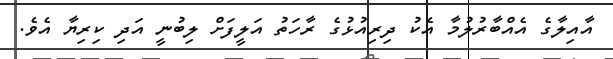
އާއިލާގެ އެއްބާރުލުމާ އެކު ދިރިއުޅުގެ ރާހަތު އަލީފަށް ލިބުނީ އަދި ކިރިޔާ އެވެ.